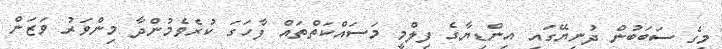
މީގެ ސަބަބުން ދުނިޔޭގައި އިންޑިޔާގެ ފިލްމީ މަސައްކަތްތައް ފާހަގަ ކުރެވެމުންދާ މިންވަރު ވަޒަން